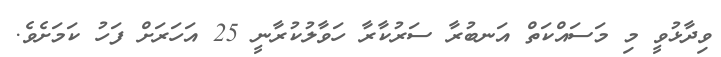
ވިދާޅުވީ މި މަސައްކަތް އަނބުރާ ސަރުކާރާ ހަވާލުކުރާނީ 25 އަހަރަށް ފަހު ކަމަށެވެ.